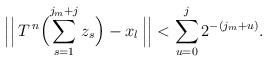
LaTeX: \begin{align*} \Bigl|\Bigl|\,T^{\,n}\Bigl(\sum_{s=1}^{j_{m}+j}z_{s} \Bigr)-x_{l}\,\Bigr| \Bigr|<\sum_{u=0}^{j}2^{-(j_{m}+u)}.\end{align*}